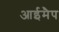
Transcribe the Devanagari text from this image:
आईमैप